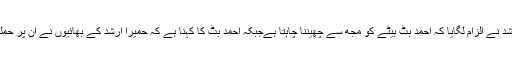
حمیرا ارشد نے الزام لگایا کہ احمد بٹ بیٹے کو مجھ سے چھیننا چاہتا ہےجبکہ احمد بٹ کا کہنا ہے کہ حمیرا ارشد کے بھائیوں نے ان پر حملہ کیا تھا۔